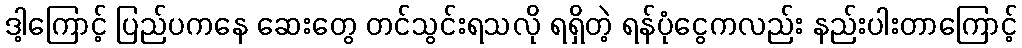
ဒါ့ကြောင့် ပြည်ပကနေ ဆေးတွေ တင်သွင်းရသလို ရရှိတဲ့ ရန်ပုံငွေကလည်း နည်းပါးတာကြောင့်